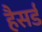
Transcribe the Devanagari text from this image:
हैसर्ड